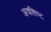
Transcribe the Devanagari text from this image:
अवशिष्‍ट